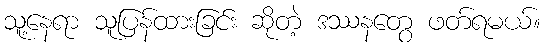
သူ့နေရာ သူပြန်ထားခြင်း ဆိုတဲ့ ဒဿနတွေ ဖတ်ရမယ်။